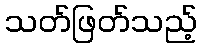
သတ်ဖြတ်သည့်